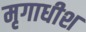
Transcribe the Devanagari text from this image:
मृगाधीश